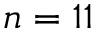
n = 1 1